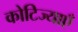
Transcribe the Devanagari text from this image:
कोटिज्याएँ